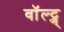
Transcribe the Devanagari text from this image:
वॉल्ट्ज्